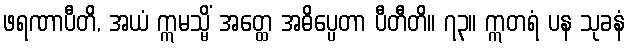
ဖရဏာပီတိ, အယံ ဣမသ္မိံ အတ္ထေ အဓိပ္ပေတာ ပီတီတိ။ ၇၃။ ဣတရံ ပန သုခနံ